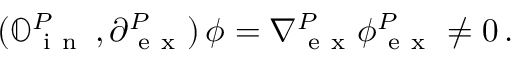
( \mathbb { O } _ { \mathrm { ~ i ~ n ~ } } ^ { P } \, , \partial _ { \mathrm { ~ e ~ x ~ } } ^ { P } ) \, \boldsymbol \phi = \nabla { } _ { \mathrm { ~ e ~ x ~ } } ^ { P } \boldsymbol \phi { } _ { \mathrm { ~ e ~ x ~ } } ^ { P } \neq 0 \, .